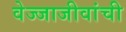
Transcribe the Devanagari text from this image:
वेज्जाजीवांची